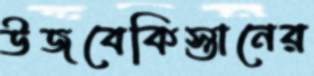
উজবেকিস্তানের